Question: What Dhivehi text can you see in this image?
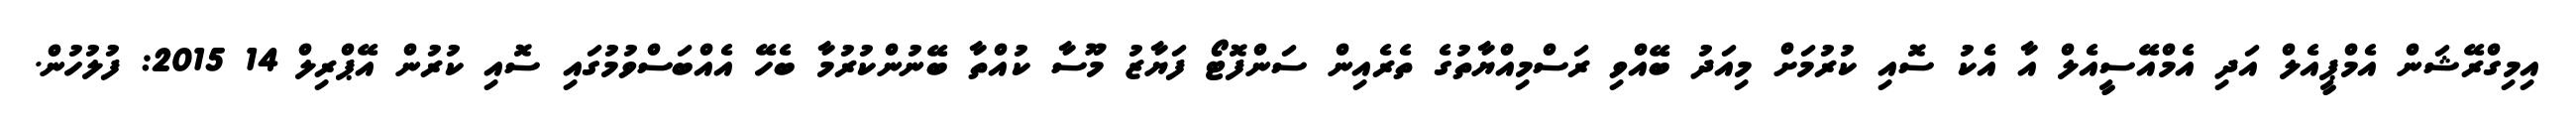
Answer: އިމިގްރޭޝަން އެމްޕީއެލް އަދި އެމްއޭސީއެލް އާ އެކު ސޮއި ކުރުމަށް މިއަދު ބޭއްވި ރަސްމިއްޔާތުގެ ތެރެއިން ސަންފޮޓޯ ފަޔާޒު މޫސާ ކުއްތާ ބޭނުންކުރުމާ ބެހޭ އެއްބަސްވުމުގައި ސޮއި ކުރުން އޭޕްރިލް 14 2015: ފުލުހުން.